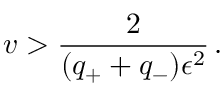
v > \frac { 2 } { ( q _ { + } + q _ { - } ) \epsilon ^ { 2 } } \, .